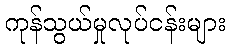
ကုန်သွယ်မှုလုပ်ငန်းများ